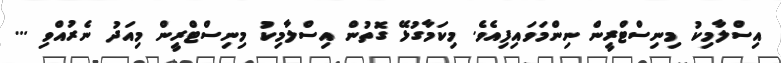
އިސްލާމިކު މިނިސްޓްރީން ނިންމަވައިފިއެވެ. މިކަމާގުޅޭ ގޮތުން އިސްލާމިކު މިނިސްޓްރީން މިއަދު ނެރުއްވި ...